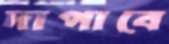
দাপাবে